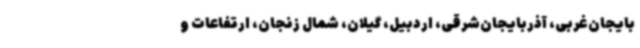
بایجان‌غربی، آذربایجان‌شرقی، اردبیل، گیلان، شمال زنجان، ارتفاعات و